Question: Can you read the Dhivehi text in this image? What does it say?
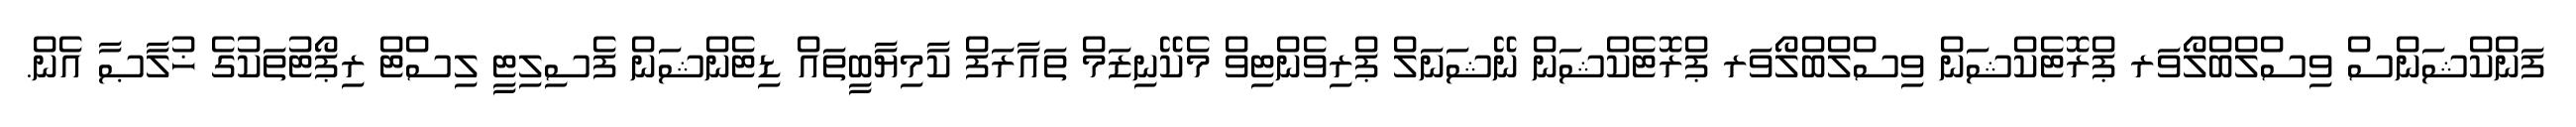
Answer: ފަންކްޝަންސް ވިސްލްބްލޯވަރ ޕްރޮޓެކްޝަން ވިސްލްބްލޯވަރ ޕްރޮޓެކްޝަން ނޭޝަނަލް ޕްރިވެންޓިވް މެކޭނިޒަމް ތައާރަފް ކާމިޔާބީތައް ޑިޓެންޝަން ފެސިލިޓީ ލިސްޓް ރިޕޯޓުތަކުގެ ޚުލާޞާ އެން.